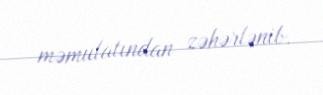
məmulatından zəhərlənib.